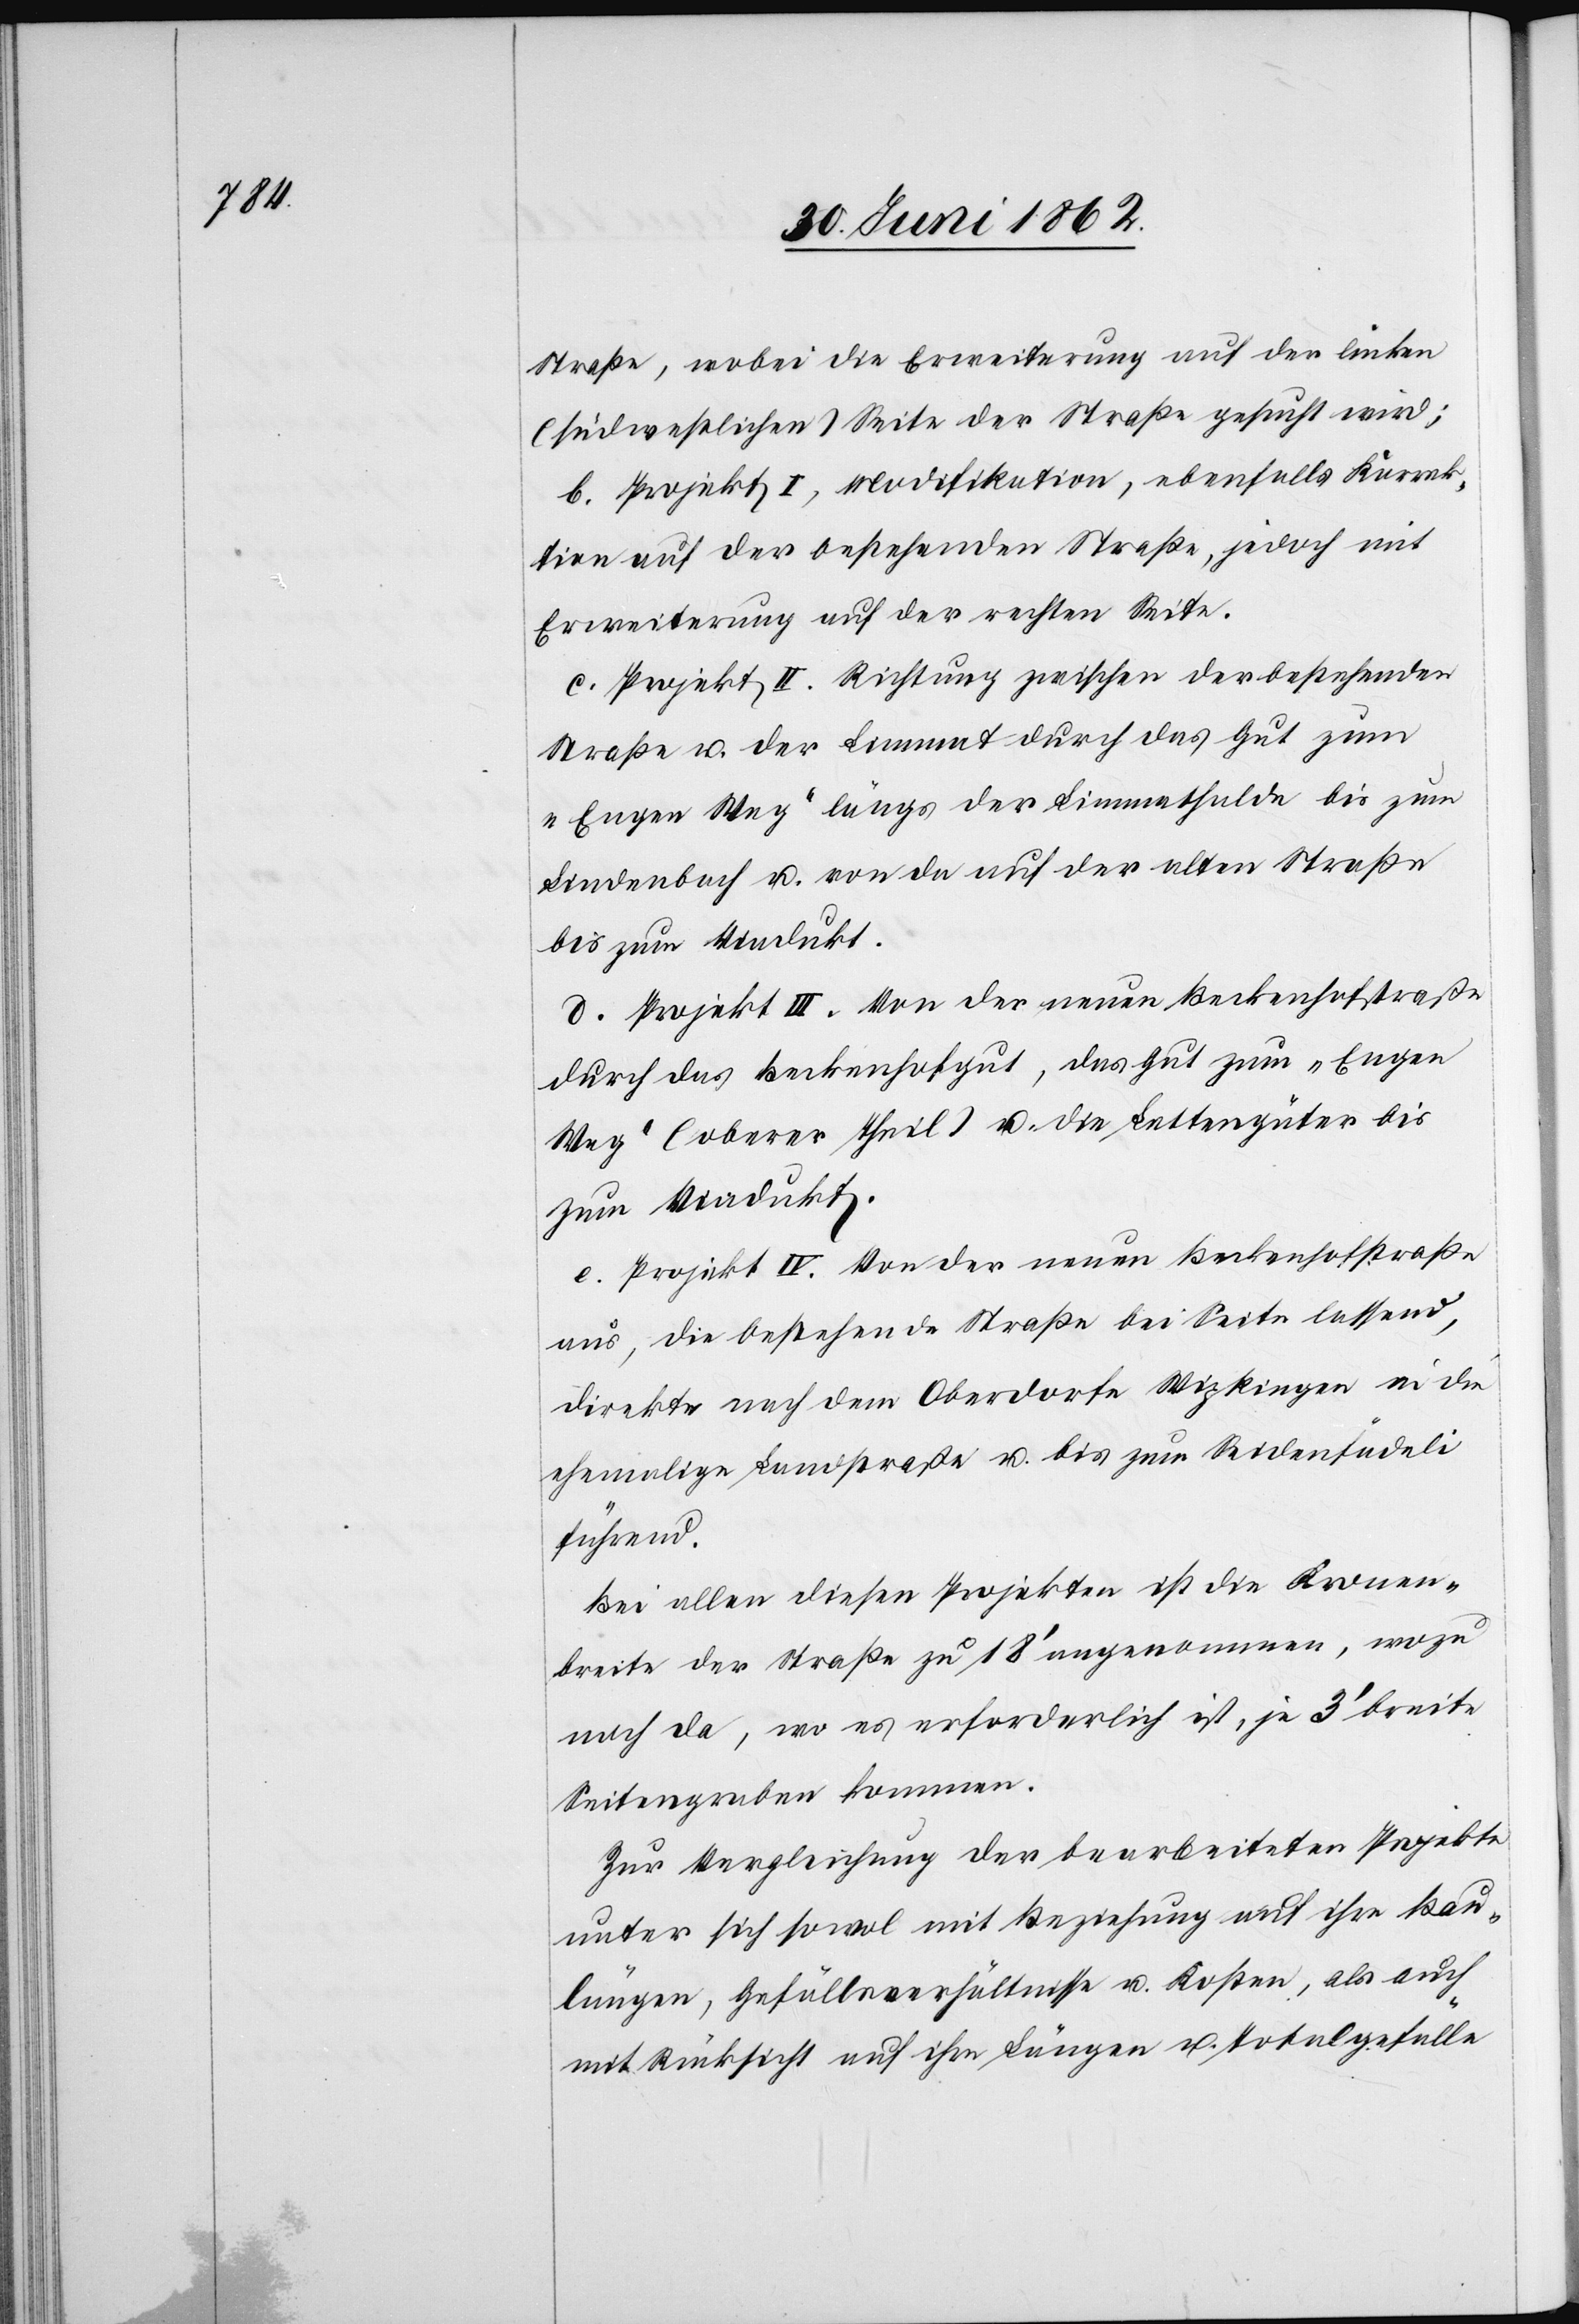
Straße, wobei die Erweiterung auf der linken
(südlichen) Seite der Straße gesucht wird;
b. Projekt I, Modifikation, ebenfalls Korrek¬
tion auf der bestehenden Straße, jedoch mit
Erweiterung auf der rechten Seite.
c. Projekt II. Richtung zwischen der bestehenden
Straße u. der Limmat durch das Gut zum
„Engen Weg“ längs der Limmathalde bis zum
Lindenbach u. von da auf der alten Straße
bis zum Viadukt.
d. Projekt III. Von der neuen Beckenschaftstraße
durch das Beckenhofgut, das Gut zum „Engen
Weg“ (oberer Theil) u. die Lettengüter bis
zum Viadukt.
e. Projekt IV. Von der neuen Beckenhofstraße
aus, die bestehende Straße bei Seite lassend,
direkte nach dem Oberdorfe Wipkingen in die
ehemalige Landstraße u. bis zum Seidenfädeli
führend.
Bei allen diesen Projekten ist die Kronen¬
breite der Straße zu 18’ angenommen, wozu
noch da, wo es erforderlich ist, je 3’ breite
Seitengraben kommen.
Zur Vergleichung der bearbeiteten Projekte
unter sich sowol mit Beziehung auf ihre Bau¬
längen, Gefällsverhältnisse u. Kosten, als auch
mit Rücksicht auf ihre Längen u. Totalgefälle